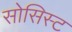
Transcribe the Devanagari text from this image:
सोसिस्ट